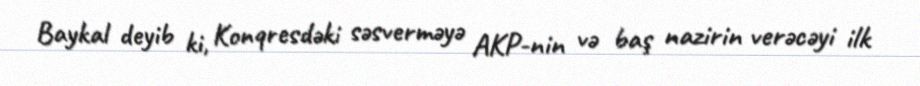
Baykal deyib ki, Konqresdəki səsverməyə AKP-nin və baş nazirin verəcəyi ilk